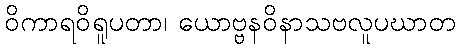
ဝိကာရဝိရူပတာ၊ ယောဗ္ဗနဝိနာသဗလူပဃာတ